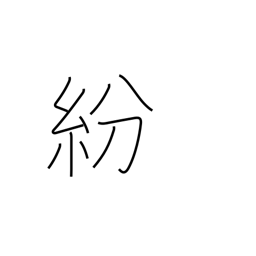
Meaning: distract